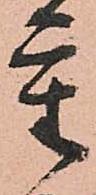
重